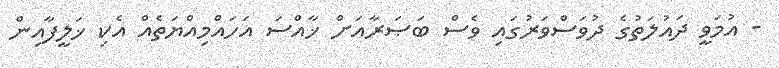
- އުމަވީ ދައުލަތުގެ ދުވަސްވަރުގައި ވެސް ބަޞަރާއަށް ޚާއްސަ އަހައްމިއްޔަތެއް އެކި ޚަލީފާއިން